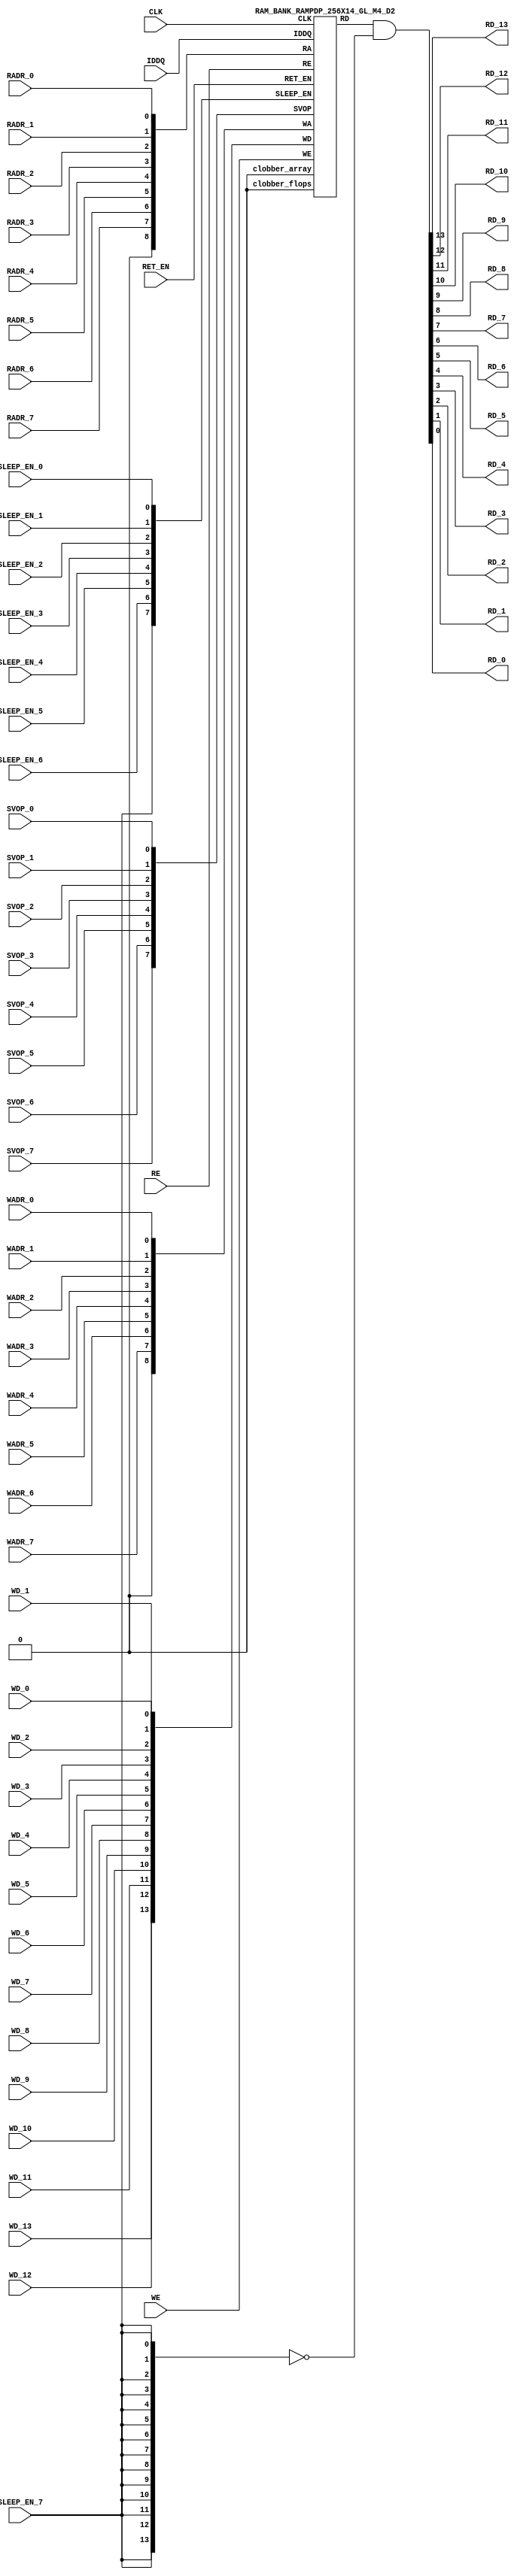
//Technology : TSMC 16FF-LR
//Compiler version: FINAL.1 - 2017-05-25.18:47:15
`ifdef EMULATION
 `define SYNTHESIS
`endif
`ifndef SYNTHESIS
 `ifdef FAULT_INJECTION
  `define SIM_and_FAULT
 `endif
`endif
`ifndef SYNTHESIS
 `ifdef MONITOR
  `define SIM_and_MONITOR
 `endif
`endif
`ifndef SYNTHESIS
`timescale 10ps/1ps
`endif
`celldefine
module RAMPDP_256X14_GL_M4_D2 ( WE, CLK, IDDQ, SVOP_0, SVOP_1, SVOP_2, SVOP_3, SVOP_4, SVOP_5, SVOP_6, SVOP_7
,WD_13, WD_12, WD_11, WD_10, WD_9, WD_8, WD_7, WD_6, WD_5, WD_4, WD_3, WD_2, WD_1, WD_0,RD_13, RD_12, RD_11, RD_10, RD_9, RD_8, RD_7, RD_6, RD_5, RD_4, RD_3, RD_2, RD_1, RD_0, RE
, RADR_7, RADR_6, RADR_5, RADR_4, RADR_3, RADR_2, RADR_1, RADR_0, WADR_7, WADR_6, WADR_5, WADR_4, WADR_3, WADR_2, WADR_1, WADR_0, SLEEP_EN_7, SLEEP_EN_6, SLEEP_EN_5, SLEEP_EN_4, SLEEP_EN_3, SLEEP_EN_2, SLEEP_EN_1, SLEEP_EN_0, RET_EN
);
// nvProps NoBus SLEEP_EN_
`ifndef RAM_INTERFACE
`ifndef SYNTHESIS
// Physical ram size defined as localparam
parameter phy_rows = 64;
parameter phy_cols = 56;
parameter phy_rcols_pos = 56'b00000000000000000000000000000000000000000000000000000000;
`endif //SYNTHESIS
`endif //RAM_INTERFACE
// Test mode control ports
input IDDQ;
// Clock port
input CLK;
// SVOP ports
input SVOP_0, SVOP_1, SVOP_2, SVOP_3, SVOP_4, SVOP_5, SVOP_6, SVOP_7;
// Write data ports
input WD_13, WD_12, WD_11, WD_10, WD_9, WD_8, WD_7, WD_6, WD_5, WD_4, WD_3, WD_2, WD_1, WD_0;
// Read data ports
output RD_13, RD_12, RD_11, RD_10, RD_9, RD_8, RD_7, RD_6, RD_5, RD_4, RD_3, RD_2, RD_1, RD_0;
// Read enable ports
input RE;
// Write enable ports
input WE;
// Read address ports
input RADR_7, RADR_6, RADR_5, RADR_4, RADR_3, RADR_2, RADR_1, RADR_0;
// Write address ports
input WADR_7, WADR_6, WADR_5, WADR_4, WADR_3, WADR_2, WADR_1, WADR_0;
// PG Zone enables
input SLEEP_EN_0, SLEEP_EN_1, SLEEP_EN_2, SLEEP_EN_3, SLEEP_EN_4, SLEEP_EN_5, SLEEP_EN_6, SLEEP_EN_7, RET_EN;
`ifndef RAM_INTERFACE
wire VDD = 1'b1;
wire GND = 1'b0;
// Combine the sleep enable pins into one bus
 wire [7:0] SLEEP_EN = {SLEEP_EN_7, SLEEP_EN_6, SLEEP_EN_5, SLEEP_EN_4, SLEEP_EN_3, SLEEP_EN_2, SLEEP_EN_1, SLEEP_EN_0};
// Signal to clamp the outputs when the VDD is power gated off.
 wire clamp_rd = SLEEP_EN[7] ;
// State point clobering signals
// X-out state points when their power goes out
    wire clobber_x;
`ifndef SYNTHESIS
`ifdef DISABLE_REPAIR_X
    wire check_x = (RET_EN ^ (^SLEEP_EN[7:0]) ^ SVOP_0 ^ SVOP_1 ^ SVOP_2 ^ SVOP_3 ^ SVOP_4 ^ SVOP_5 ^ SVOP_6 ^ SVOP_7);
`else
    wire check_x = (RET_EN ^ (^SLEEP_EN[7:0]) ^ SVOP_0 ^ SVOP_1 ^ SVOP_2 ^ SVOP_3 ^ SVOP_4 ^ SVOP_5 ^ SVOP_6 ^ SVOP_7 );
`endif
    assign clobber_x = ((check_x === 1'bx) || (check_x === 1'bz))?1'b1:1'b0;
    wire clobber_array = (~RET_EN & (|SLEEP_EN[3:0])) | clobber_x;
    wire clobber_flops = (|SLEEP_EN[7:4]) | clobber_x ;
`else //SYNTHESIS
    wire clobber_array = 1'b0;
    wire clobber_flops = 1'b0;
    assign clobber_x = 1'b0;
`endif //SYNTHESIS 
// Output valid signal
// Outputs are unknown in non-retention mode if VDDM is powered up , but VDD is not
    wire outvalid;
 assign outvalid = ~(clobber_x | (~RET_EN & (|SLEEP_EN[3:0]) & (|(~SLEEP_EN[7:4]))));
//assemble & rename wires
// Extend the MSB's of the read/write addresses to cover all the flop inputs
// The number of address flops is fixed. Also combine all the individual *_* bits into one bus
 wire [8:0] RA = {1'b0, RADR_7, RADR_6, RADR_5, RADR_4, RADR_3, RADR_2, RADR_1, RADR_0};
 wire [8:0] WA = {1'b0, WADR_7, WADR_6, WADR_5, WADR_4, WADR_3, WADR_2, WADR_1, WADR_0};
// Combine all the write data input bits
 wire [13:0] WD = {WD_13, WD_12, WD_11, WD_10, WD_9, WD_8, WD_7, WD_6, WD_5, WD_4, WD_3, WD_2, WD_1, WD_0};
 wire [13:0] RD;
// Expand the read data bus into individual output bits
// assign {RD_13, RD_12, RD_11, RD_10, RD_9, RD_8, RD_7, RD_6, RD_5, RD_4, RD_3, RD_2, RD_1, RD_0} = (outvalid) ? RD : 14'bx;
// Do the read data swizzing based on the number of words and bits.
`ifndef SYNTHESIS
 assign {RD_13, RD_12, RD_11, RD_10, RD_9, RD_8, RD_7, RD_6, RD_5, RD_4, RD_3, RD_2, RD_1, RD_0} = (outvalid) ? RD & ~{14{clamp_rd}} : 14'bx;
`else
 assign {RD_13, RD_12, RD_11, RD_10, RD_9, RD_8, RD_7, RD_6, RD_5, RD_4, RD_3, RD_2, RD_1, RD_0} = RD & ~{14{clamp_rd}};
`endif
 wire [7:0] SVOP = {SVOP_7, SVOP_6, SVOP_5, SVOP_4, SVOP_3, SVOP_2, SVOP_1, SVOP_0};
`ifndef EMULATION
// Instantiate memory bank
// This block defines the core functionality of the rams.
 RAM_BANK_RAMPDP_256X14_GL_M4_D2 ITOP ( WE, CLK, IDDQ, SVOP, WD, RD, RE, RA, WA
, SLEEP_EN
, RET_EN, clobber_array , clobber_flops
);
`ifndef SYNTHESIS
// Tasks for initializing the arrays
//VCS coverage off
always @(clobber_array) begin : clobber_array_block
    integer i;
    if (clobber_array) begin
     for (i=0; i<256; i=i+1) begin
       mem_wr_raw(i, {14{1'bx}});
  end
    end
end
always @(clobber_flops) begin
  if (clobber_flops) begin
      ITOP.RE_LATB <= 1'bx;
      ITOP.RE_FF <= 1'bx;
      ITOP.WE_LATB <= 1'bx;
      ITOP.WE_FF <= 1'bx;
      ITOP.RADR <= 9'bx;
      ITOP.WADR <= 9'bx;
      ITOP.WAFF <= 9'bx;
      ITOP.WDQ_pr <= 14'bx;
      ITOP.dout <= 14'bx;
  end
end
//VCS coverage on
//VCS coverage off
task mem_wr_raw;
  input [7:0] addr;
  input [13:0] data;
  begin
    if (addr[1:0] == 2'b00)
        ITOP.iow0.mem_wr_raw_subbank(addr[7:2], data);
    else if (addr[1:0] == 2'b01)
        ITOP.iow1.mem_wr_raw_subbank(addr[7:2], data);
    else if (addr[1:0] == 2'b10)
        ITOP.iow2.mem_wr_raw_subbank(addr[7:2], data);
    else if (addr[1:0] == 2'b11)
        ITOP.iow3.mem_wr_raw_subbank(addr[7:2], data);
  end
endtask
// Ramgen function for writing the arrays
task mem_write;
  input [7:0] addr;
  input [13:0] data;
  begin
    ITOP.mem_write_bank(addr,data);
  end
endtask
// Ramgen function for reading the arrays
function [13:0] mem_read;
input [7:0] addr;
  begin
        mem_read = ITOP.mem_read_bank(addr);
  end
endfunction
// Random only generates 32 bit value.
// If nbits > 32, call it multiple times
// Old random fill fills all memory locations with same random value
task mem_fill_random;
 reg [13:0] val;
 integer i;
 begin
  for (i=0; i<256; i=i+1) begin
      val = {$random};
      mem_wr_raw(i, val);
  end
 end
endtask
// Fill the memory with a given bit value
task mem_fill_value;
    input fill_bit;
 reg [13:0] val;
    integer i;
    begin
        val = {14{fill_bit}};
        for (i=0; i<256; i=i+1) begin
      mem_wr_raw(i, val);
        end
    end
endtask
// read logical address and feed into salat
task force_rd;
input [7:0] addr;
 reg [13:0] rd;
 `ifdef USE_RAMINIT_LIBS
 reg raminit_active, raminit_argcheck, raminit_debug, raminit_enable, raminit_random, raminit_invert,
     raminit_val, raminit_waitclock, raminit_use_force;
 real raminit_delay_ns, raminit_waitclock_check_ns;
 initial
 begin
   raminit_active = 0; // default is inactive (plusarg to active the ram init functionality)
   raminit_argcheck = 0; // default is no plusargs check (apart from raminit_active and raminit_argcheck)
   raminit_debug = 0; // default is no debug messages
   raminit_enable = 0; // default is no init (variable indicating if the ram init functionality is enabled for this instance)
   raminit_random = 0; // default is no random init
   raminit_invert = 0; // default is not to invert the init value
   raminit_val = 0; // default init value is zero
   raminit_waitclock = 0; // default is not to wait to clock to be non-X
   raminit_use_force = 1; // default is to use force/release
   raminit_delay_ns = `ifdef NV_TOP_RESET_ON_DELAY (`NV_TOP_RESET_ON_DELAY+2) `else 3 `endif; // default is 2ns after nv_top_reset_ goes low or ram clock is not X
   raminit_waitclock_check_ns = `ifdef NV_TOP_RESET_OFF_DELAY (`NV_TOP_RESET_OFF_DELAY) `else 0 `endif; // default is when nv_top_reset_ goes high
   $value$plusargs("raminit_active=%d", raminit_active);
   $value$plusargs("raminit_argcheck=%d", raminit_argcheck);
   if (raminit_argcheck)
   begin
// The following variables are not usually used as plusargs, but instead set through add_inst_array calls or the init_inst_file.
     $value$plusargs("raminit_debug=%d", raminit_debug);
     $value$plusargs("raminit_enable=%d", raminit_enable);
     $value$plusargs("raminit_random=%d", raminit_random);
     $value$plusargs("raminit_invert=%d", raminit_invert);
     $value$plusargs("raminit_val=%d", raminit_val);
     $value$plusargs("raminit_waitclock=%d", raminit_waitclock);
     $value$plusargs("raminit_delay_ns=%f", raminit_delay_ns);
     $value$plusargs("raminit_waitclock_check_ns=%f", raminit_waitclock_check_ns);
     $value$plusargs("raminit_use_force=%d", raminit_use_force);
   end
   `ifdef INST_CHECK
   `INST_CHECK(ram_inst_check0,raminit_active,raminit_debug,raminit_enable,raminit_random,raminit_val,raminit_invert,raminit_waitclock,raminit_delay_ns,raminit_waitclock_check_ns);
   `endif
   if (!raminit_active) raminit_enable = 0;
   else if (raminit_enable)
   begin
     if (raminit_random) raminit_val = `ifdef NO_PLI 1'b0 `else $RollPLI(0,1) `endif;
     if (raminit_invert) raminit_val = ~raminit_val;
   end
   if (raminit_debug)
   begin
     $display("%m: raminit_active              = %d", raminit_active);
     $display("%m: raminit_argcheck            = %d", raminit_argcheck);
     $display("%m: raminit_debug               = %d", raminit_debug);
     $display("%m: raminit_enable              = %d", raminit_enable);
     $display("%m: raminit_random              = %d", raminit_random);
     $display("%m: raminit_invert              = %d", raminit_invert);
     $display("%m: raminit_val                 = %d", raminit_val);
     $display("%m: raminit_waitclock           = %d", raminit_waitclock);
     $display("%m: raminit_delay_ns            = %f ns", raminit_delay_ns);
     $display("%m: raminit_waitclock_check_ns  = %f ns", raminit_waitclock_check_ns);
     $display("%m: raminit_use_force           = %d", raminit_use_force);
   end
 end
 `endif
 `ifdef USE_RAMINIT_LIBS
// init rd
 task init_rd_regs;
 begin
   #0; // wait for raminit variables to be set
   if (raminit_enable)
   begin : raminit_val_blk
     reg [14-1:0] raminit_fullval;
     if (raminit_random) raminit_fullval = `ifdef NO_PLI {14 {1'b1}} `else { $RollPLI(0,{14{1'b1}}) } `endif ;
     else raminit_fullval = {14 {raminit_val}};
     if (raminit_invert) raminit_fullval = ~raminit_fullval;
     if (raminit_use_force) force rd = raminit_fullval;
     if (raminit_waitclock) wait ( !== 1'bx);
     #(raminit_delay_ns*100);
     `ifdef INST_WAITCLOCK_CHECK
     `INST_WAITCLOCK_CHECK(waitclock_inst_check0,raminit_waitclock,raminit_waitclock_check_ns,100)
     `endif
     if (raminit_use_force) release rd;
     rd = raminit_fullval;
   end
 end
 endtask
 initial begin init_rd_regs(); end
 `ifdef RAMINIT_TRIGGER
 always @(`RAMINIT_TRIGGER) init_rd_regs();
 `endif
 `endif // `ifdef USE_RAMINIT_LIBS
 begin
        if (addr[1:0] == 2'b00)
            rd = ITOP.iow0.mem_read_raw_subbank(addr[7:2]);
        else if (addr[1:0] == 2'b01)
            rd = ITOP.iow1.mem_read_raw_subbank(addr[7:2]);
        else if (addr[1:0] == 2'b10)
            rd = ITOP.iow2.mem_read_raw_subbank(addr[7:2]);
        else if (addr[1:0] == 2'b11)
            rd = ITOP.iow3.mem_read_raw_subbank(addr[7:2]);
  ITOP.dout = rd;
 end
endtask
`ifdef MEM_PHYS_INFO
//function for physical array read row, takes physical address
function [55:0] mem_phys_read_padr;
input [5:0] addr;
 reg [55:0] rd_row;
 `ifdef USE_RAMINIT_LIBS
// init rd_row
 task init_rd_row_regs;
 begin
   #0; // wait for raminit variables to be set
   if (raminit_enable)
   begin : raminit_val_blk
     reg [56-1:0] raminit_fullval;
     if (raminit_random) raminit_fullval = `ifdef NO_PLI {56 {1'b1}} `else { $RollPLI(0,{32{1'b1}}), $RollPLI(0,{24{1'b1}}) } `endif ;
     else raminit_fullval = {56 {raminit_val}};
     if (raminit_invert) raminit_fullval = ~raminit_fullval;
     if (raminit_use_force) force rd_row = raminit_fullval;
     if (raminit_waitclock) wait ( !== 1'bx);
     #(raminit_delay_ns*100);
     `ifdef INST_WAITCLOCK_CHECK
     `INST_WAITCLOCK_CHECK(waitclock_inst_check1,raminit_waitclock,raminit_waitclock_check_ns,100)
     `endif
     if (raminit_use_force) release rd_row;
     rd_row = raminit_fullval;
   end
 end
 endtask
 initial begin init_rd_row_regs(); end
 `ifdef RAMINIT_TRIGGER
 always @(`RAMINIT_TRIGGER) init_rd_row_regs();
 `endif
 `endif // `ifdef USE_RAMINIT_LIBS
 reg [13:0] rd[3:0];
 integer i;
 begin
        rd[0] = ITOP.iow0.mem_read_raw_subbank(addr);
        rd[1] = ITOP.iow1.mem_read_raw_subbank(addr);
        rd[2] = ITOP.iow2.mem_read_raw_subbank(addr);
        rd[3] = ITOP.iow3.mem_read_raw_subbank(addr);
        for (i=0; i<=13; i=i+1) begin
            rd_row[i*4+0] = rd[0][i];
            rd_row[i*4+1] = rd[1][i];
            rd_row[i*4+2] = rd[2][i];
            rd_row[i*4+3] = rd[3][i];
  end
  mem_phys_read_padr = rd_row;
 end
endfunction
//function for physical array read row, takes logical address
function [55:0] mem_phys_read_ladr;
input [7:0] addr;
    reg [5:0] paddr;
 reg [55:0] rd_row;
 `ifdef USE_RAMINIT_LIBS
// init rd_row
 task init_rd_row_regs;
 begin
   #0; // wait for raminit variables to be set
   if (raminit_enable)
   begin : raminit_val_blk
     reg [56-1:0] raminit_fullval;
     if (raminit_random) raminit_fullval = `ifdef NO_PLI {56 {1'b1}} `else { $RollPLI(0,{32{1'b1}}), $RollPLI(0,{24{1'b1}}) } `endif ;
     else raminit_fullval = {56 {raminit_val}};
     if (raminit_invert) raminit_fullval = ~raminit_fullval;
     if (raminit_use_force) force rd_row = raminit_fullval;
     if (raminit_waitclock) wait ( !== 1'bx);
     #(raminit_delay_ns*100);
     `ifdef INST_WAITCLOCK_CHECK
     `INST_WAITCLOCK_CHECK(waitclock_inst_check2,raminit_waitclock,raminit_waitclock_check_ns,100)
     `endif
     if (raminit_use_force) release rd_row;
     rd_row = raminit_fullval;
   end
 end
 endtask
 initial begin init_rd_row_regs(); end
 `ifdef RAMINIT_TRIGGER
 always @(`RAMINIT_TRIGGER) init_rd_row_regs();
 `endif
 `endif // `ifdef USE_RAMINIT_LIBS
 reg [13:0] rd[3:0];
 integer i;
 begin
        paddr = (addr >> 2);
        rd[0] = ITOP.iow0.mem_read_raw_subbank(paddr);
        rd[1] = ITOP.iow1.mem_read_raw_subbank(paddr);
        rd[2] = ITOP.iow2.mem_read_raw_subbank(paddr);
        rd[3] = ITOP.iow3.mem_read_raw_subbank(paddr);
        for (i=0; i<=13; i=i+1) begin
            rd_row[i*4+0] = rd[0][i];
            rd_row[i*4+1] = rd[1][i];
            rd_row[i*4+2] = rd[2][i];
            rd_row[i*4+3] = rd[3][i];
  end
  mem_phys_read_ladr = rd_row;
 end
endfunction
//function for physical array read row with column masking, takes logical address
function [55:0] mem_phys_read_pmasked;
input [7:0] addr;
   reg [55:0] rd_row;
   `ifdef USE_RAMINIT_LIBS
// init rd_row
   task init_rd_row_regs;
   begin
     #0; // wait for raminit variables to be set
     if (raminit_enable)
     begin : raminit_val_blk
       reg [56-1:0] raminit_fullval;
       if (raminit_random) raminit_fullval = `ifdef NO_PLI {56 {1'b1}} `else { $RollPLI(0,{32{1'b1}}), $RollPLI(0,{24{1'b1}}) } `endif ;
       else raminit_fullval = {56 {raminit_val}};
       if (raminit_invert) raminit_fullval = ~raminit_fullval;
       if (raminit_use_force) force rd_row = raminit_fullval;
       if (raminit_waitclock) wait ( !== 1'bx);
       #(raminit_delay_ns*100);
       `ifdef INST_WAITCLOCK_CHECK
       `INST_WAITCLOCK_CHECK(waitclock_inst_check3,raminit_waitclock,raminit_waitclock_check_ns,100)
       `endif
       if (raminit_use_force) release rd_row;
       rd_row = raminit_fullval;
     end
   end
   endtask
   initial begin init_rd_row_regs(); end
   `ifdef RAMINIT_TRIGGER
   always @(`RAMINIT_TRIGGER) init_rd_row_regs();
   `endif
   `endif // `ifdef USE_RAMINIT_LIBS
   reg [13:0] rd[3 : 0];
   integer i;
   begin
        rd[0] = (addr[1:0] === 0) ? ITOP.iow0.mem_read_raw_subbank(addr[7:2]) : 14'bx;
        rd[1] = (addr[1:0] === 1) ? ITOP.iow1.mem_read_raw_subbank(addr[7:2]) : 14'bx;
        rd[2] = (addr[1:0] === 2) ? ITOP.iow2.mem_read_raw_subbank(addr[7:2]) : 14'bx;
        rd[3] = (addr[1:0] === 3) ? ITOP.iow3.mem_read_raw_subbank(addr[7:2]) : 14'bx;
        for (i=0; i<=13; i=i+1) begin
            rd_row[i*4+0] = rd[0][i];
            rd_row[i*4+1] = rd[1][i];
            rd_row[i*4+2] = rd[2][i];
            rd_row[i*4+3] = rd[3][i];
        end
        mem_phys_read_pmasked = rd_row;
    end
endfunction
//Task for physical array write row, takes physical address
task mem_phys_write;
input [5:0] addr;
input [55:0] data;
 reg [13:0] wr[3:0];
 integer i;
 begin
        for (i=0; i<=13; i=i+1) begin
            wr[0][i] = data[i*4+0];
            wr[1][i] = data[i*4+1];
            wr[2][i] = data[i*4+2];
            wr[3][i] = data[i*4+3];
  end
        ITOP.iow0.mem_wr_raw_subbank(addr,wr[0]);
        ITOP.iow1.mem_wr_raw_subbank(addr,wr[1]);
        ITOP.iow2.mem_wr_raw_subbank(addr,wr[2]);
        ITOP.iow3.mem_wr_raw_subbank(addr,wr[3]);
 end
endtask
// Function to return a physical address given a logical address input.
function [5:0] mem_log_to_phys_adr;
input [7:0] addr;
    begin
        mem_log_to_phys_adr = (addr >> 2) ;
    end
endfunction
`endif //MEM_PHYS_INFO
`ifdef MONITOR
// Monitor dump trigger
reg dump_monitor_result;
initial begin : init_monitor
  dump_monitor_result = 1'b0;
end
task monitor_on;
    begin
  ITOP.iow0.monitor_on = 1'b1;
  ITOP.iow1.monitor_on = 1'b1;
  ITOP.iow2.monitor_on = 1'b1;
  ITOP.iow3.monitor_on = 1'b1;
   end
endtask
task monitor_off;
    begin
  ITOP.iow0.monitor_on = 1'b0;
  ITOP.iow1.monitor_on = 1'b0;
  ITOP.iow2.monitor_on = 1'b0;
  ITOP.iow3.monitor_on = 1'b0;
        dump_monitor_result = 1'b1;
    end
endtask
// read bit_written monitor row by physical address from subarray
function [55:0] mon_bit_w;
input [5:0] addr;
 reg [55:0] mon_row;
 reg [13:0] mon_word[3:0];
 integer i;
 begin
// read all monitor words for a row
  mon_word[0] = ITOP.iow0.bit_written[addr];
  mon_word[1] = ITOP.iow1.bit_written[addr];
  mon_word[2] = ITOP.iow2.bit_written[addr];
  mon_word[3] = ITOP.iow3.bit_written[addr];
// combine all 4 words to a row
  for (i=0; i<=13; i=i+1) begin
   mon_row[i*4+0] = mon_word[0][i];
   mon_row[i*4+1] = mon_word[1][i];
   mon_row[i*4+2] = mon_word[2][i];
   mon_row[i*4+3] = mon_word[3][i];
  end
  mon_bit_w = mon_row;
 end
endfunction
// read bit_read monitor word by address from subarray
function [55:0] mon_bit_r;
input [5:0] addr;
 reg [55:0] mon_row;
 reg [13:0] mon_word[3:0];
 integer i;
 begin
// read all monitor words for a row
  mon_word[0] = ITOP.iow0.bit_read[addr];
  mon_word[1] = ITOP.iow1.bit_read[addr];
  mon_word[2] = ITOP.iow2.bit_read[addr];
  mon_word[3] = ITOP.iow3.bit_read[addr];
// combine all 4 words to a row
  for (i=0; i<=13; i=i+1) begin
   mon_row[i*4+0] = mon_word[0][i];
   mon_row[i*4+1] = mon_word[1][i];
   mon_row[i*4+2] = mon_word[2][i];
   mon_row[i*4+3] = mon_word[3][i];
  end
  mon_bit_r = mon_row;
 end
endfunction
// read word_written monitor row by physical address from subarray
function mon_word_w;
input [5:0] addr;
 reg mon_word[3:0];
 integer i;
 begin
// read all monitor words for a row
  mon_word[0] = ITOP.iow0.word_written[addr];
  mon_word[1] = ITOP.iow1.word_written[addr];
  mon_word[2] = ITOP.iow2.word_written[addr];
  mon_word[3] = ITOP.iow3.word_written[addr];
// combine all 4 words to a row
  mon_word_w = mon_word[0] | mon_word[1]| mon_word[2]| mon_word[3] ;
 end
endfunction
// read word_read monitor row by physical address from subarray
function mon_word_r;
input [5:0] addr;
 reg mon_word[3:0];
 integer i;
 begin
// read all monitor words for a row
  mon_word[0] = ITOP.iow0.word_read[addr];
  mon_word[1] = ITOP.iow1.word_read[addr];
  mon_word[2] = ITOP.iow2.word_read[addr];
  mon_word[3] = ITOP.iow3.word_read[addr];
// combine all 4 words to a row
  mon_word_r = mon_word[0] | mon_word[1]| mon_word[2]| mon_word[3] ;
 end
endfunction
always @(dump_monitor_result) begin : dump_monitor
 integer i;
 integer j;
 reg [55:0] tmp_row;
    reg tmp_bit;
 if (dump_monitor_result == 1'b1) begin
     $display("Exercised coverage summary:");
        $display("\t%m rows unwritten:");
        for(i=0;i<=64;i=i+1) begin
   tmp_bit = mon_word_w(i);
            if (tmp_bit !== 1) $display("\t\trow %d", i);
  end
        $display("\t%m rows unread:");
        for(i=0;i<=64;i=i+1) begin
   tmp_bit = mon_word_r(i);
            if (tmp_bit !== 1) $display("\t\trow %d", i);
  end
  $display("\t%m bits not written as 0:");
  for (i=0; i<64; i=i+1) begin
   tmp_row = mon_bit_w(i);
   for (j=0; j<56; j=j+1) begin
    if (tmp_row[j] !== 1'b0 && tmp_row[j] !== 1'bz) $display("\t\t[row,bit] [%d,%d]", i, j);
   end
  end
  $display("\t%m bits not written as 1:");
  for (i=0; i<64; i=i+1) begin
   tmp_row = mon_bit_w(i);
   for (j=0; j<56; j=j+1) begin
    if (tmp_row[j] !== 1'b1 && tmp_row[j] !== 1'bz) $display("\t\t[row,bit] [%d,%d]", i, j);
   end
  end
  $display("\t%m bits not read as 0:");
  for (i=0; i<64; i=i+1) begin
   tmp_row = mon_bit_r(i);
   for (j=0; j<56; j=j+1) begin
    if (tmp_row[j] !== 1'b0 && tmp_row[j] !== 1'bz) $display("\t\t[row,bit] [%d,%d]", i, j);
   end
  end
  $display("\t%m bits not read as 1:");
  for (i=0; i<64; i=i+1) begin
   tmp_row = mon_bit_r(i);
   for (j=0; j<56; j=j+1) begin
    if (tmp_row[j] !== 1'b1 && tmp_row[j] !== 1'bz) $display("\t\t[row,bit] [%d,%d]", i, j);
   end
  end
  dump_monitor_result = 1'b0;
 end
end
//VCS coverage on
`endif // MONITOR
`ifdef NV_RAM_EXPAND_ARRAY
wire [13:0] Q_0 = ITOP.iow0.arr[0];
wire [13:0] Q_1 = ITOP.iow1.arr[0];
wire [13:0] Q_2 = ITOP.iow2.arr[0];
wire [13:0] Q_3 = ITOP.iow3.arr[0];
wire [13:0] Q_4 = ITOP.iow0.arr[1];
wire [13:0] Q_5 = ITOP.iow1.arr[1];
wire [13:0] Q_6 = ITOP.iow2.arr[1];
wire [13:0] Q_7 = ITOP.iow3.arr[1];
wire [13:0] Q_8 = ITOP.iow0.arr[2];
wire [13:0] Q_9 = ITOP.iow1.arr[2];
wire [13:0] Q_10 = ITOP.iow2.arr[2];
wire [13:0] Q_11 = ITOP.iow3.arr[2];
wire [13:0] Q_12 = ITOP.iow0.arr[3];
wire [13:0] Q_13 = ITOP.iow1.arr[3];
wire [13:0] Q_14 = ITOP.iow2.arr[3];
wire [13:0] Q_15 = ITOP.iow3.arr[3];
wire [13:0] Q_16 = ITOP.iow0.arr[4];
wire [13:0] Q_17 = ITOP.iow1.arr[4];
wire [13:0] Q_18 = ITOP.iow2.arr[4];
wire [13:0] Q_19 = ITOP.iow3.arr[4];
wire [13:0] Q_20 = ITOP.iow0.arr[5];
wire [13:0] Q_21 = ITOP.iow1.arr[5];
wire [13:0] Q_22 = ITOP.iow2.arr[5];
wire [13:0] Q_23 = ITOP.iow3.arr[5];
wire [13:0] Q_24 = ITOP.iow0.arr[6];
wire [13:0] Q_25 = ITOP.iow1.arr[6];
wire [13:0] Q_26 = ITOP.iow2.arr[6];
wire [13:0] Q_27 = ITOP.iow3.arr[6];
wire [13:0] Q_28 = ITOP.iow0.arr[7];
wire [13:0] Q_29 = ITOP.iow1.arr[7];
wire [13:0] Q_30 = ITOP.iow2.arr[7];
wire [13:0] Q_31 = ITOP.iow3.arr[7];
wire [13:0] Q_32 = ITOP.iow0.arr[8];
wire [13:0] Q_33 = ITOP.iow1.arr[8];
wire [13:0] Q_34 = ITOP.iow2.arr[8];
wire [13:0] Q_35 = ITOP.iow3.arr[8];
wire [13:0] Q_36 = ITOP.iow0.arr[9];
wire [13:0] Q_37 = ITOP.iow1.arr[9];
wire [13:0] Q_38 = ITOP.iow2.arr[9];
wire [13:0] Q_39 = ITOP.iow3.arr[9];
wire [13:0] Q_40 = ITOP.iow0.arr[10];
wire [13:0] Q_41 = ITOP.iow1.arr[10];
wire [13:0] Q_42 = ITOP.iow2.arr[10];
wire [13:0] Q_43 = ITOP.iow3.arr[10];
wire [13:0] Q_44 = ITOP.iow0.arr[11];
wire [13:0] Q_45 = ITOP.iow1.arr[11];
wire [13:0] Q_46 = ITOP.iow2.arr[11];
wire [13:0] Q_47 = ITOP.iow3.arr[11];
wire [13:0] Q_48 = ITOP.iow0.arr[12];
wire [13:0] Q_49 = ITOP.iow1.arr[12];
wire [13:0] Q_50 = ITOP.iow2.arr[12];
wire [13:0] Q_51 = ITOP.iow3.arr[12];
wire [13:0] Q_52 = ITOP.iow0.arr[13];
wire [13:0] Q_53 = ITOP.iow1.arr[13];
wire [13:0] Q_54 = ITOP.iow2.arr[13];
wire [13:0] Q_55 = ITOP.iow3.arr[13];
wire [13:0] Q_56 = ITOP.iow0.arr[14];
wire [13:0] Q_57 = ITOP.iow1.arr[14];
wire [13:0] Q_58 = ITOP.iow2.arr[14];
wire [13:0] Q_59 = ITOP.iow3.arr[14];
wire [13:0] Q_60 = ITOP.iow0.arr[15];
wire [13:0] Q_61 = ITOP.iow1.arr[15];
wire [13:0] Q_62 = ITOP.iow2.arr[15];
wire [13:0] Q_63 = ITOP.iow3.arr[15];
wire [13:0] Q_64 = ITOP.iow0.arr[16];
wire [13:0] Q_65 = ITOP.iow1.arr[16];
wire [13:0] Q_66 = ITOP.iow2.arr[16];
wire [13:0] Q_67 = ITOP.iow3.arr[16];
wire [13:0] Q_68 = ITOP.iow0.arr[17];
wire [13:0] Q_69 = ITOP.iow1.arr[17];
wire [13:0] Q_70 = ITOP.iow2.arr[17];
wire [13:0] Q_71 = ITOP.iow3.arr[17];
wire [13:0] Q_72 = ITOP.iow0.arr[18];
wire [13:0] Q_73 = ITOP.iow1.arr[18];
wire [13:0] Q_74 = ITOP.iow2.arr[18];
wire [13:0] Q_75 = ITOP.iow3.arr[18];
wire [13:0] Q_76 = ITOP.iow0.arr[19];
wire [13:0] Q_77 = ITOP.iow1.arr[19];
wire [13:0] Q_78 = ITOP.iow2.arr[19];
wire [13:0] Q_79 = ITOP.iow3.arr[19];
wire [13:0] Q_80 = ITOP.iow0.arr[20];
wire [13:0] Q_81 = ITOP.iow1.arr[20];
wire [13:0] Q_82 = ITOP.iow2.arr[20];
wire [13:0] Q_83 = ITOP.iow3.arr[20];
wire [13:0] Q_84 = ITOP.iow0.arr[21];
wire [13:0] Q_85 = ITOP.iow1.arr[21];
wire [13:0] Q_86 = ITOP.iow2.arr[21];
wire [13:0] Q_87 = ITOP.iow3.arr[21];
wire [13:0] Q_88 = ITOP.iow0.arr[22];
wire [13:0] Q_89 = ITOP.iow1.arr[22];
wire [13:0] Q_90 = ITOP.iow2.arr[22];
wire [13:0] Q_91 = ITOP.iow3.arr[22];
wire [13:0] Q_92 = ITOP.iow0.arr[23];
wire [13:0] Q_93 = ITOP.iow1.arr[23];
wire [13:0] Q_94 = ITOP.iow2.arr[23];
wire [13:0] Q_95 = ITOP.iow3.arr[23];
wire [13:0] Q_96 = ITOP.iow0.arr[24];
wire [13:0] Q_97 = ITOP.iow1.arr[24];
wire [13:0] Q_98 = ITOP.iow2.arr[24];
wire [13:0] Q_99 = ITOP.iow3.arr[24];
wire [13:0] Q_100 = ITOP.iow0.arr[25];
wire [13:0] Q_101 = ITOP.iow1.arr[25];
wire [13:0] Q_102 = ITOP.iow2.arr[25];
wire [13:0] Q_103 = ITOP.iow3.arr[25];
wire [13:0] Q_104 = ITOP.iow0.arr[26];
wire [13:0] Q_105 = ITOP.iow1.arr[26];
wire [13:0] Q_106 = ITOP.iow2.arr[26];
wire [13:0] Q_107 = ITOP.iow3.arr[26];
wire [13:0] Q_108 = ITOP.iow0.arr[27];
wire [13:0] Q_109 = ITOP.iow1.arr[27];
wire [13:0] Q_110 = ITOP.iow2.arr[27];
wire [13:0] Q_111 = ITOP.iow3.arr[27];
wire [13:0] Q_112 = ITOP.iow0.arr[28];
wire [13:0] Q_113 = ITOP.iow1.arr[28];
wire [13:0] Q_114 = ITOP.iow2.arr[28];
wire [13:0] Q_115 = ITOP.iow3.arr[28];
wire [13:0] Q_116 = ITOP.iow0.arr[29];
wire [13:0] Q_117 = ITOP.iow1.arr[29];
wire [13:0] Q_118 = ITOP.iow2.arr[29];
wire [13:0] Q_119 = ITOP.iow3.arr[29];
wire [13:0] Q_120 = ITOP.iow0.arr[30];
wire [13:0] Q_121 = ITOP.iow1.arr[30];
wire [13:0] Q_122 = ITOP.iow2.arr[30];
wire [13:0] Q_123 = ITOP.iow3.arr[30];
wire [13:0] Q_124 = ITOP.iow0.arr[31];
wire [13:0] Q_125 = ITOP.iow1.arr[31];
wire [13:0] Q_126 = ITOP.iow2.arr[31];
wire [13:0] Q_127 = ITOP.iow3.arr[31];
wire [13:0] Q_128 = ITOP.iow0.arr[32];
wire [13:0] Q_129 = ITOP.iow1.arr[32];
wire [13:0] Q_130 = ITOP.iow2.arr[32];
wire [13:0] Q_131 = ITOP.iow3.arr[32];
wire [13:0] Q_132 = ITOP.iow0.arr[33];
wire [13:0] Q_133 = ITOP.iow1.arr[33];
wire [13:0] Q_134 = ITOP.iow2.arr[33];
wire [13:0] Q_135 = ITOP.iow3.arr[33];
wire [13:0] Q_136 = ITOP.iow0.arr[34];
wire [13:0] Q_137 = ITOP.iow1.arr[34];
wire [13:0] Q_138 = ITOP.iow2.arr[34];
wire [13:0] Q_139 = ITOP.iow3.arr[34];
wire [13:0] Q_140 = ITOP.iow0.arr[35];
wire [13:0] Q_141 = ITOP.iow1.arr[35];
wire [13:0] Q_142 = ITOP.iow2.arr[35];
wire [13:0] Q_143 = ITOP.iow3.arr[35];
wire [13:0] Q_144 = ITOP.iow0.arr[36];
wire [13:0] Q_145 = ITOP.iow1.arr[36];
wire [13:0] Q_146 = ITOP.iow2.arr[36];
wire [13:0] Q_147 = ITOP.iow3.arr[36];
wire [13:0] Q_148 = ITOP.iow0.arr[37];
wire [13:0] Q_149 = ITOP.iow1.arr[37];
wire [13:0] Q_150 = ITOP.iow2.arr[37];
wire [13:0] Q_151 = ITOP.iow3.arr[37];
wire [13:0] Q_152 = ITOP.iow0.arr[38];
wire [13:0] Q_153 = ITOP.iow1.arr[38];
wire [13:0] Q_154 = ITOP.iow2.arr[38];
wire [13:0] Q_155 = ITOP.iow3.arr[38];
wire [13:0] Q_156 = ITOP.iow0.arr[39];
wire [13:0] Q_157 = ITOP.iow1.arr[39];
wire [13:0] Q_158 = ITOP.iow2.arr[39];
wire [13:0] Q_159 = ITOP.iow3.arr[39];
wire [13:0] Q_160 = ITOP.iow0.arr[40];
wire [13:0] Q_161 = ITOP.iow1.arr[40];
wire [13:0] Q_162 = ITOP.iow2.arr[40];
wire [13:0] Q_163 = ITOP.iow3.arr[40];
wire [13:0] Q_164 = ITOP.iow0.arr[41];
wire [13:0] Q_165 = ITOP.iow1.arr[41];
wire [13:0] Q_166 = ITOP.iow2.arr[41];
wire [13:0] Q_167 = ITOP.iow3.arr[41];
wire [13:0] Q_168 = ITOP.iow0.arr[42];
wire [13:0] Q_169 = ITOP.iow1.arr[42];
wire [13:0] Q_170 = ITOP.iow2.arr[42];
wire [13:0] Q_171 = ITOP.iow3.arr[42];
wire [13:0] Q_172 = ITOP.iow0.arr[43];
wire [13:0] Q_173 = ITOP.iow1.arr[43];
wire [13:0] Q_174 = ITOP.iow2.arr[43];
wire [13:0] Q_175 = ITOP.iow3.arr[43];
wire [13:0] Q_176 = ITOP.iow0.arr[44];
wire [13:0] Q_177 = ITOP.iow1.arr[44];
wire [13:0] Q_178 = ITOP.iow2.arr[44];
wire [13:0] Q_179 = ITOP.iow3.arr[44];
wire [13:0] Q_180 = ITOP.iow0.arr[45];
wire [13:0] Q_181 = ITOP.iow1.arr[45];
wire [13:0] Q_182 = ITOP.iow2.arr[45];
wire [13:0] Q_183 = ITOP.iow3.arr[45];
wire [13:0] Q_184 = ITOP.iow0.arr[46];
wire [13:0] Q_185 = ITOP.iow1.arr[46];
wire [13:0] Q_186 = ITOP.iow2.arr[46];
wire [13:0] Q_187 = ITOP.iow3.arr[46];
wire [13:0] Q_188 = ITOP.iow0.arr[47];
wire [13:0] Q_189 = ITOP.iow1.arr[47];
wire [13:0] Q_190 = ITOP.iow2.arr[47];
wire [13:0] Q_191 = ITOP.iow3.arr[47];
wire [13:0] Q_192 = ITOP.iow0.arr[48];
wire [13:0] Q_193 = ITOP.iow1.arr[48];
wire [13:0] Q_194 = ITOP.iow2.arr[48];
wire [13:0] Q_195 = ITOP.iow3.arr[48];
wire [13:0] Q_196 = ITOP.iow0.arr[49];
wire [13:0] Q_197 = ITOP.iow1.arr[49];
wire [13:0] Q_198 = ITOP.iow2.arr[49];
wire [13:0] Q_199 = ITOP.iow3.arr[49];
wire [13:0] Q_200 = ITOP.iow0.arr[50];
wire [13:0] Q_201 = ITOP.iow1.arr[50];
wire [13:0] Q_202 = ITOP.iow2.arr[50];
wire [13:0] Q_203 = ITOP.iow3.arr[50];
wire [13:0] Q_204 = ITOP.iow0.arr[51];
wire [13:0] Q_205 = ITOP.iow1.arr[51];
wire [13:0] Q_206 = ITOP.iow2.arr[51];
wire [13:0] Q_207 = ITOP.iow3.arr[51];
wire [13:0] Q_208 = ITOP.iow0.arr[52];
wire [13:0] Q_209 = ITOP.iow1.arr[52];
wire [13:0] Q_210 = ITOP.iow2.arr[52];
wire [13:0] Q_211 = ITOP.iow3.arr[52];
wire [13:0] Q_212 = ITOP.iow0.arr[53];
wire [13:0] Q_213 = ITOP.iow1.arr[53];
wire [13:0] Q_214 = ITOP.iow2.arr[53];
wire [13:0] Q_215 = ITOP.iow3.arr[53];
wire [13:0] Q_216 = ITOP.iow0.arr[54];
wire [13:0] Q_217 = ITOP.iow1.arr[54];
wire [13:0] Q_218 = ITOP.iow2.arr[54];
wire [13:0] Q_219 = ITOP.iow3.arr[54];
wire [13:0] Q_220 = ITOP.iow0.arr[55];
wire [13:0] Q_221 = ITOP.iow1.arr[55];
wire [13:0] Q_222 = ITOP.iow2.arr[55];
wire [13:0] Q_223 = ITOP.iow3.arr[55];
wire [13:0] Q_224 = ITOP.iow0.arr[56];
wire [13:0] Q_225 = ITOP.iow1.arr[56];
wire [13:0] Q_226 = ITOP.iow2.arr[56];
wire [13:0] Q_227 = ITOP.iow3.arr[56];
wire [13:0] Q_228 = ITOP.iow0.arr[57];
wire [13:0] Q_229 = ITOP.iow1.arr[57];
wire [13:0] Q_230 = ITOP.iow2.arr[57];
wire [13:0] Q_231 = ITOP.iow3.arr[57];
wire [13:0] Q_232 = ITOP.iow0.arr[58];
wire [13:0] Q_233 = ITOP.iow1.arr[58];
wire [13:0] Q_234 = ITOP.iow2.arr[58];
wire [13:0] Q_235 = ITOP.iow3.arr[58];
wire [13:0] Q_236 = ITOP.iow0.arr[59];
wire [13:0] Q_237 = ITOP.iow1.arr[59];
wire [13:0] Q_238 = ITOP.iow2.arr[59];
wire [13:0] Q_239 = ITOP.iow3.arr[59];
wire [13:0] Q_240 = ITOP.iow0.arr[60];
wire [13:0] Q_241 = ITOP.iow1.arr[60];
wire [13:0] Q_242 = ITOP.iow2.arr[60];
wire [13:0] Q_243 = ITOP.iow3.arr[60];
wire [13:0] Q_244 = ITOP.iow0.arr[61];
wire [13:0] Q_245 = ITOP.iow1.arr[61];
wire [13:0] Q_246 = ITOP.iow2.arr[61];
wire [13:0] Q_247 = ITOP.iow3.arr[61];
wire [13:0] Q_248 = ITOP.iow0.arr[62];
wire [13:0] Q_249 = ITOP.iow1.arr[62];
wire [13:0] Q_250 = ITOP.iow2.arr[62];
wire [13:0] Q_251 = ITOP.iow3.arr[62];
wire [13:0] Q_252 = ITOP.iow0.arr[63];
wire [13:0] Q_253 = ITOP.iow1.arr[63];
wire [13:0] Q_254 = ITOP.iow2.arr[63];
wire [13:0] Q_255 = ITOP.iow3.arr[63];
`endif //NV_RAM_EXPAND_ARRAY
`endif //SYNTHESIS
`ifdef FAULT_INJECTION
// BIST stuck at tasks
// induce faults on columns
//VCS coverage off
task mem_fault_no_write;
input [13:0] fault_mask;
    begin
        ITOP.iow0.mem_fault_no_write_subbank(fault_mask);
        ITOP.iow1.mem_fault_no_write_subbank(fault_mask);
        ITOP.iow2.mem_fault_no_write_subbank(fault_mask);
        ITOP.iow3.mem_fault_no_write_subbank(fault_mask);
    end
endtask
task mem_fault_stuck_0;
input [13:0] fault_mask;
    begin
        ITOP.iow0.mem_fault_stuck_0_subbank(fault_mask);
        ITOP.iow1.mem_fault_stuck_0_subbank(fault_mask);
        ITOP.iow2.mem_fault_stuck_0_subbank(fault_mask);
        ITOP.iow3.mem_fault_stuck_0_subbank(fault_mask);
    end
endtask
task mem_fault_stuck_1;
input [13:0] fault_mask;
    begin
        ITOP.iow0.mem_fault_stuck_1_subbank(fault_mask);
        ITOP.iow1.mem_fault_stuck_1_subbank(fault_mask);
        ITOP.iow2.mem_fault_stuck_1_subbank(fault_mask);
        ITOP.iow3.mem_fault_stuck_1_subbank(fault_mask);
    end
endtask
task set_bit_fault_stuck_0;
input r;
input c;
integer r;
integer c;
  if ( (r % 4) == 0)
    ITOP.iow0.set_bit_fault_stuck_0_subbank((r/4), c);
  else if ( (r % 4) == 1)
    ITOP.iow1.set_bit_fault_stuck_0_subbank((r/4), c);
  else if ( (r % 4) == 2)
    ITOP.iow2.set_bit_fault_stuck_0_subbank((r/4), c);
  else if ( (r % 4) == 3)
    ITOP.iow3.set_bit_fault_stuck_0_subbank((r/4), c);
endtask
task set_bit_fault_stuck_1;
input r;
input c;
integer r;
integer c;
    if ( (r % 4) == 0)
    ITOP.iow0.set_bit_fault_stuck_1_subbank((r/4), c);
  else if ( (r % 4) == 1)
    ITOP.iow1.set_bit_fault_stuck_1_subbank((r/4), c);
  else if ( (r % 4) == 2)
    ITOP.iow2.set_bit_fault_stuck_1_subbank((r/4), c);
  else if ( (r % 4) == 3)
    ITOP.iow3.set_bit_fault_stuck_1_subbank((r/4), c);
endtask
task clear_bit_fault_stuck_0;
input r;
input c;
integer r;
integer c;
  if ( (r % 4) == 0)
    ITOP.iow0.clear_bit_fault_stuck_0_subbank((r/4), c);
  else if ( (r % 4) == 1)
    ITOP.iow1.clear_bit_fault_stuck_0_subbank((r/4), c);
  else if ( (r % 4) == 2)
    ITOP.iow2.clear_bit_fault_stuck_0_subbank((r/4), c);
  else if ( (r % 4) == 3)
    ITOP.iow3.clear_bit_fault_stuck_0_subbank((r/4), c);
endtask
task clear_bit_fault_stuck_1;
input r;
input c;
integer r;
integer c;
  if ( (r % 4) == 0)
    ITOP.iow0.clear_bit_fault_stuck_1_subbank((r/4), c);
  else if ( (r % 4) == 1)
    ITOP.iow1.clear_bit_fault_stuck_1_subbank((r/4), c);
  else if ( (r % 4) == 2)
    ITOP.iow2.clear_bit_fault_stuck_1_subbank((r/4), c);
  else if ( (r % 4) == 3)
    ITOP.iow3.clear_bit_fault_stuck_1_subbank((r/4), c);
endtask
//VCS coverage on
`endif // STUCK
`else // EMULATION=1 
//VCS coverage off
// The emulation model is a simple model which models only basic functionality and contains no test logic or redundancy.
// The model also uses flops wherever possible. Latches are avoided to help close timing on the emulator.
// The unused pins are left floating in the model.
// Register declarations
// enables
    reg RE_FF,WE_FF,RE_LAT,WE_LAT;
// Addresses
    reg [8:0] RAFF,WAFF;
// Data
    reg [13:0] WD_FF;
    reg [13:0] RD_LAT;
// Latch the enables
//spyglass disable_block IntClock,W18
    always @(*) begin
        if (!CLK) begin
            RE_LAT <= RE;
            WE_LAT <= WE;
        end
    end
//spyglass enable_block IntClock,W18
// Flop the enables : RE/WE/RE_O
    always @(posedge CLK) begin
        RE_FF <= RE; //spyglass disable IntClock
        WE_FF <= WE; //spyglass disable IntClock
    end
// Gated clock for the read/write operations
    wire RECLK = CLK & RE_LAT; //spyglass disable GatedClock
    wire WECLK = CLK & WE_LAT; //spyglass disable GatedClock
// Flop the addresses/write data//mask 
    always @(posedge RECLK)
        RAFF <= RA; //spyglass disable IntClock
    always @(posedge WECLK) begin
        WAFF <= WA; //spyglass disable IntClock
        WD_FF <= WD; //spyglass disable IntClock
    end
// Memory
    reg [13:0] mem[255:0];
// write into the memory on negative edge of clock
   wire WRCLK = ~CLK & WE_FF ; //spyglass disable GatedClock
    always @(posedge WRCLK)
        mem[WAFF] <= WD_FF; //spyglass disable SYNTH_5130
// Read
    wire [13:0] dout;
    assign dout = mem[RAFF]; //spyglass disable SYNTH_5130
    reg [13:0] dout_LAT;
    always @(RECLK or dout)
        if (RECLK)
            dout_LAT <= dout; //spyglass disable W18
    assign RD = dout_LAT;
`endif // EMULATION
//VCS coverage on
`endif // end RAM_INTERFACE
endmodule
`endcelldefine
`ifndef RAM_INTERFACE
`ifndef EMULATION
//memory bank block
module RAM_BANK_RAMPDP_256X14_GL_M4_D2 ( WE, CLK, IDDQ, SVOP, WD, RD, RE, RA, WA
, SLEEP_EN
, RET_EN , clobber_array , clobber_flops
);
// Input/output port definitions
input WE, CLK, IDDQ , RE;
input [7:0] SVOP;
input [13:0] WD;
input [8:0] RA, WA;
output [13:0] RD;
input [7:0] SLEEP_EN;
input RET_EN , clobber_array , clobber_flops ;
// When there is no bypass requested, tie the internal bypass select to 0.
    wire RDBYP = 1'b0;
//Definitions of latches and flops in the design
// *_LAT --> Latched value
// *_LATB --> inverted latch value
// *_FF --> Flopped version
 reg RE_LATB, RE_FF, WE_LATB, WE_FF;
 reg [8:0] RADR, WADR, WAFF;
// For non-pipelined rams , capture_dis is disabled
    wire CAPT_DIS = 1'b0;
// Clamp the array access when IDDQ=1
 wire CLAMPB = ~IDDQ;
 wire latffclk = CLK;
// Latch and flop the primary control enables. This is on the unconditional clock.
// spyglass disable_block W18
 always @(*) begin
// Latch part
  if(!latffclk & !clobber_flops) begin
            RE_LATB <= ~RE ;
// Write Enable
   WE_LATB <= ~WE; // spyglass disable IntClock
  end // end if
 end // end always
 always @(*) begin
// Flop part
  if (latffclk & !clobber_flops) begin
// Flop outputs of the latches above
            WE_FF <= ~WE_LATB;
   RE_FF <= ~RE_LATB;
        end // end if
    end // end always
// spyglass enable_block W18
// Conditional clock generation.
// Write enable and clock
// Clocks are generated when the write enable OR SE == 1 , but SHOLD == 0
    wire we_se = ~WE_LATB;
 wire WRDCLK = we_se & latffclk & !clobber_flops; // spyglass disable GatedClock
 wire WADRCLK = WRDCLK;
// Read enable and clock
// There is no SHOLD dependence on the read clocks because these are implemented using loopback flops
// Clocks are generated when the Read enable OR SE == 1
    wire re_se = ~RE_LATB;
 wire RADRCLK = re_se & latffclk ;
// *** The model reads in A , writes in B ***
// Read clock to the memory is off the rising edge of clock
// CLk ==1 , when RE=1 or (SE=1 and SCRE=1) && (ACC_DIS == 1)
// SE=1 and SCRE=1 is needed to force known values into the latches for launch in testmodes.
 wire RECLK = (~RE_LATB) & CLAMPB & !clobber_flops & !RET_EN & CLK;
// Writes are shifted to the low phase of the clock
// Flopped version of the enables are used to prevent glitches in the clock
// SCWI ==1 prevents writes into the memory
    wire WECLK = WE_FF & CLAMPB & !clobber_flops & !RET_EN & ~CLK;
 wire RWSEL = WE_FF & CLAMPB & ~CLK;
// Latch read addresses
// spyglass disable_block W18
 always @(*) begin
  if(!RADRCLK & !clobber_flops) begin
   RADR <= RA;
  end // end if
 end // end always
// Flop write address
 always @(posedge WADRCLK) begin
  WAFF <= WA ;
 end
// spyglass enable_block W18
// Force the MSB's to 0 in the SCRE mode. This makes sure that we will always read in from valid addresses for resetting the output latches.
 wire [8:0] RADRSWI = RADR[8:0];
// Select the read address when CLK=1 and write addresses when CLK=0
 wire [8:0] ADR = {9{RWSEL}} & WAFF | ~{9{RWSEL}} & RADRSWI;
 wire [7:0] fusePDEC2;
 wire [7:0] fusePDEC1;
 wire [7:0] fusePDEC0;
    wire fuseien;
// Non repairable rams
    assign fusePDEC2 = {8{1'b0}};
    assign fusePDEC1 = {8{1'b0}};
    assign fusePDEC0 = {8{1'b0}};
    assign fuseien = 0;
//io part
 wire [13:0] WDQ;
 wire [13:0] WDBQ;
 wire [13:0] WMNexp;
 wire [13:0] WMNQ;
// Expand the fuse predec to 512 bits . It follows the 8x8x8 repeat pattern
// We will use only the ones needed for this particular ram configuration and ignore the rest
 wire [511:0] PDEC2 = {{64{fusePDEC2[7]}}, {64{fusePDEC2[6]}}, {64{fusePDEC2[5]}}, {64{fusePDEC2[4]}}, {64{fusePDEC2[3]}}, {64{fusePDEC2[2]}}, {64{fusePDEC2[1]}}, {64{fusePDEC2[0]}}};
 wire [511:0] PDEC1 = {8{{8{fusePDEC1[7]}}, {8{fusePDEC1[6]}}, {8{fusePDEC1[5]}}, {8{fusePDEC1[4]}}, {8{fusePDEC1[3]}}, {8{fusePDEC1[2]}}, {8{fusePDEC1[1]}}, {8{fusePDEC1[0]}}}};
 wire [511:0] PDEC0 = {64{fusePDEC0[7:0]}};
 wire [13:0] BADBIT, SHFT;
// SHIFT<*> == 1 --> No repair at that bit , 0 --> repair at that bit .
// SHIFT<X> == not(and Pdec*<X>) & SHIFT<X-1>
    assign BADBIT = {14{1'b0}};
    assign SHFT = {14{1'b1}};
    reg [13:0] WDQ_pr;
    wire [13:0] WDBQ_pr;
    assign WMNexp = {14{1'b1}};
    always @(posedge WRDCLK) begin
// Flop write data
  WDQ_pr[13:0] <= WD & WMNexp;
 end
    assign WDBQ_pr = ~WDQ_pr;
    assign WMNQ = (WDQ | WDBQ);
 assign WDQ = WDQ_pr;
 assign WDBQ = WDBQ_pr;
    reg [13:0] dout;
 wire [13:0] RD;
 wire RD_rdnt;
 wire [13:0] sel_normal, sel_redun;
// Read bypass is not used for non custom ram
 wire [13:0] RDBYPASS = {14{1'b0}};
// Read bypass will override redunancy mux .
 assign sel_redun = ~SHFT & ~RDBYPASS;
 assign sel_normal = SHFT & ~RDBYPASS;
// Non pipelined Read out. This is a 2 to 1 mux with bypass taking priority
 assign RD = sel_normal & dout | RDBYPASS & WDQ_pr;
// FOR SIMULATION ONLY. REMOVE WHEN ASSERTIONS ARE AVAILABLE!
// The following section figures out the unused address space and forces a X out on the reads/prevents writes
// #unusedbits 1 #lowcmidx 2 #cmstep 1 #cm 4 #maxaddr 256
    wire legal, tiedvalid, empadd;
// Tied off address bits
// This should always be 1 if the tie-off logic at the top-level is correct.
    assign tiedvalid = ~(|ADR[8:8]);
// Max address is 256 --> ['1', '1', '1', '1', '1', '1', '1', '1']
    assign empadd = 1'b0;
// It is a legal input address if it does not fall in the empty space.
    assign legal = tiedvalid & ~empadd ;
    wire [13:0] force_x;
`ifndef SYNTHESIS
    assign force_x = {14{1'bx}};
`else
    assign force_x = {14{1'b0}};
`endif
// Generate the read and write clocks for the various CM banks
    wire RdClk0, RdClk1, RdClk2, RdClk3;
    wire WrClk0, WrClk1, WrClk2, WrClk3;
    assign RdClk0 = RECLK & ~RADRSWI[0] & ~RADRSWI[1];
    assign RdClk1 = RECLK & RADRSWI[0] & ~RADRSWI[1];
    assign RdClk2 = RECLK & ~RADRSWI[0] & RADRSWI[1];
    assign RdClk3 = RECLK & RADRSWI[0] & RADRSWI[1];
    assign WrClk0 = WECLK & ~WAFF[0] & ~WAFF[1] & legal;
    assign WrClk1 = WECLK & WAFF[0] & ~WAFF[1] & legal;
    assign WrClk2 = WECLK & ~WAFF[0] & WAFF[1] & legal;
    assign WrClk3 = WECLK & WAFF[0] & WAFF[1] & legal;
    wire [13:0] rmuxd0, rmuxd1, rmuxd2, rmuxd3;
    wire [13:0] dout0, dout1, dout2, dout3;
// Mux the way reads onto the final read busa
// Output X's if the address is invalid
// assign rmuxd0 = legal ? {14{RdClk0}} & ~dout0 : force_x;
// assign rmuxd1 = legal ? {14{RdClk1}} & ~dout1 : force_x;
// assign rmuxd2 = legal ? {14{RdClk2}} & ~dout2 : force_x;
// assign rmuxd3 = legal ? {14{RdClk3}} & ~dout3 : force_x;
    assign rmuxd0 = {14{RdClk0}} & ~dout0;
    assign rmuxd1 = {14{RdClk1}} & ~dout1;
    assign rmuxd2 = {14{RdClk2}} & ~dout2;
    assign rmuxd3 = {14{RdClk3}} & ~dout3;
    always @(RECLK or rmuxd0 or rmuxd1 or rmuxd2 or rmuxd3)
    begin
        if (RECLK)
     begin
            dout[13:0] <= (rmuxd0[13:0] | rmuxd1[13:0] | rmuxd2[13:0] | rmuxd3[13:0]); // spyglass disable W18 
        end
    end
// Instantiate the memory banks. One for each CM .
    RAMPDP_256X14_GL_M4_D2_ram # (64, 14, 7) iow0 (
  WAFF[8:2],
  WrClk0,
        WMNQ,
  WDQ,
  RADRSWI[8:2],
  dout0
 );
    RAMPDP_256X14_GL_M4_D2_ram # (64, 14, 7) iow1 (
  WAFF[8:2],
  WrClk1,
        WMNQ,
  WDQ,
  RADRSWI[8:2],
  dout1
 );
    RAMPDP_256X14_GL_M4_D2_ram # (64, 14, 7) iow2 (
  WAFF[8:2],
  WrClk2,
        WMNQ,
  WDQ,
  RADRSWI[8:2],
  dout2
 );
    RAMPDP_256X14_GL_M4_D2_ram # (64, 14, 7) iow3 (
  WAFF[8:2],
  WrClk3,
        WMNQ,
  WDQ,
  RADRSWI[8:2],
  dout3
 );
`ifndef SYNTHESIS
// Tasks for initializing the arrays
// Ramgen function for writing the arrays
//VCS coverage off
task mem_write_bank;
  input [7:0] addr;
  input [13:0] data;
  reg [13:0] wdat;
  begin
    wdat = data;
    if (addr[1:0] == 2'b00)
        iow0.mem_wr_raw_subbank(addr[7:2], wdat);
    else if (addr[1:0] == 2'b01)
        iow1.mem_wr_raw_subbank(addr[7:2], wdat);
    else if (addr[1:0] == 2'b10)
        iow2.mem_wr_raw_subbank(addr[7:2], wdat);
    else if (addr[1:0] == 2'b11)
        iow3.mem_wr_raw_subbank(addr[7:2], wdat);
  end
endtask
// Ramgen function for reading the arrays
function [13:0] mem_read_bank;
input [7:0] addr;
reg [13:0] memout;
  begin
    if (addr[1:0] == 2'b00)
        memout = iow0.mem_read_raw_subbank(addr[7:2]);
    else if (addr[1:0] == 2'b01)
        memout = iow1.mem_read_raw_subbank(addr[7:2]);
    else if (addr[1:0] == 2'b10)
        memout = iow2.mem_read_raw_subbank(addr[7:2]);
    else if (addr[1:0] == 2'b11)
        memout = iow3.mem_read_raw_subbank(addr[7:2]);
    mem_read_bank = memout;
  end
endfunction
//VCS coverage on
`endif //SYNTHESIS
endmodule
`endif // end EMULATION
`endif // end RAM_INTERFACE 
`ifndef RAM_INTERFACE
`ifndef EMULATION
module RAMPDP_256X14_GL_M4_D2_ram (
   wadr,
   wrclk,
   wrmaskn,
   wrdata,
   radr,
   rout_B
);
// default parameters
parameter words = 64;
parameter bits = 14;
parameter addrs = 7;
// Write address
input [addrs-1:0] wadr;
// Write clock
input wrclk;
// Write data
input [bits-1:0] wrdata;
// Write Mask
input [bits-1:0] wrmaskn;
// Read address
input [addrs-1:0] radr;
// Read out
wire [bits-1:0] rdarr;
output [bits-1:0] rout_B;
// Memory . words X bits
reg [bits-1:0] arr[0:words-1];
`ifdef SIM_and_FAULT
// regs for inducing faults
reg [bits-1:0] fault_no_write; // block writes to this column
reg [bits-1:0] fault_stuck_0; // column always reads as 0
reg [bits-1:0] fault_stuck_1; // column always reads as 1
reg [bits-1:0] bit_fault_stuck_0[0:words-1]; // column always reads as 0
reg [bits-1:0] bit_fault_stuck_1[0:words-1]; // column always reads as 1
initial begin : init_bit_fault_stuck
    integer i;
    integer j;
    fault_no_write = {bits{1'b0}};
    fault_stuck_0 = {bits{1'b0}};
    fault_stuck_1 = {bits{1'b0}};
    for ( i =0; i <=words; i=i+1) begin
        bit_fault_stuck_0[i] = {bits{1'b0}};
        bit_fault_stuck_1[i] = {bits{1'b0}};
    end
end
`endif // FAULT
`ifdef SIM_and_MONITOR
//VCS coverage off
// monitor variables
reg monitor_on;
reg [words-1:0] word_written;
reg [words-1:0] word_read;
reg [bits-1:0] bit_written[0:words-1];
reg [bits-1:0] bit_read[0:words-1];
initial begin : init_monitor
  integer i;
  monitor_on = 1'b0;
  for(i=0;i<= words-1;i=i+1) begin
      word_written[i] = 1'b0;
      word_read[i] = 1'b0;
      bit_written[i] = {bits{1'bx}};
      bit_read[i] = {bits{1'bx}};
  end
end
`endif // MONITOR
//VCS coverage on
// Bit write enable
// Write only when mask=1. Else hold the data.
`ifdef SIM_and_FAULT
// Include fault registers
wire [bits-1:0] bwe = wrmaskn & ~fault_no_write;
`else //SIM_and_FAULT
wire [bits-1:0] bwe = wrmaskn ;
`endif //SIM_and_FAULT
wire [bits-1:0] bitclk = {bits{wrclk}} & bwe ;
integer i;
`ifdef SIM_and_FAULT
always @(bitclk or wadr or wrdata)
`else
always @(wrclk or wadr or wrdata)
`endif
begin
`ifdef SIM_and_FAULT
    for (i=0 ; i<bits ; i=i+1)
    begin
        if (bitclk[i])
            arr[wadr][i] <= wrdata[i]; // spyglass disable SYNTH_5130,W18
    end
`else
    if (wrclk)
        arr[wadr] <= wrdata; // spyglass disable SYNTH_5130,W18
`endif
`ifdef SIM_and_MONITOR
//VCS coverage off
    for (i=0 ; i<bits ; i=i+1)
    begin
`ifdef SIM_and_FAULT
        if (bitclk[i])
`else
        if (wrclk)
`endif // FAULT
        begin
// Check which bits are being written. Also track the values as per table below.
// 1'bx = not accessed
// 1'b0 = accessed as a 0
// 1'b1 = accessed as a 1
// 1'bz = accessed as both 0 and 1
            if (monitor_on) begin
    case (bit_written[wadr][i]) // spyglass disable SYNTH_5130,W18
     1'bx: bit_written[wadr][i] = wrdata[i];
     1'b0: bit_written[wadr][i] = wrdata[i] == 1 ? 1'bz : 1'b0;
     1'b1: bit_written[wadr][i] = wrdata[i] == 0 ? 1'bz : 1'b1;
     1'bz: bit_written[wadr][i] = 1'bz;
    endcase
            end
        end // if
    end //for
    if (monitor_on) begin
// Word is considered written if any of the bits are written
`ifdef SIM_and_FAULT
        word_written[wadr] <= |(bitclk) | word_written[wadr]; // spyglass disable SYNTH_5130,W18
`else
        word_written[wadr] <= wrclk | word_written[wadr]; // spyglass disable SYNTH_5130,W18
`endif // FAULT
    end
`endif // MONITOR
//VCS coverage on
end
`ifdef SIM_and_FAULT
// Include fault registers
wire [bits-1:0] bre = ~(bit_fault_stuck_1[radr] | bit_fault_stuck_0[radr]); // spyglass disable SYNTH_5130
`else //SIM_and_FAULT
wire [bits-1:0] bre = {bits{1'b1}};
`endif //SIM_and_FAULT
// Read the unlatched data out.
`ifdef SIM_and_FAULT
assign rdarr = (~arr[radr] | bit_fault_stuck_0[radr]) & ~bit_fault_stuck_1[radr]; // spyglass disable SYNTH_5130
`else
assign rdarr = ~arr[radr]; // spyglass disable SYNTH_5130
`endif
`ifdef SIM_and_MONITOR
//VCS coverage off
always @radr begin
// Check if a bit in the word can be read.
// 1'bx = not accessed
// 1'b0 = accessed as a 0
// 1'b1 = accessed as a 1
// 1'bz = accessed as both 0 and 1
    if (monitor_on) begin
        for (i=0; i<bits; i=i+1) begin
         if (bre[i]) begin
             case (bit_read[radr][i])
        1'bx: bit_read[radr][i] = rdarr[i];
     1'b0: bit_read[radr][i] = rdarr[i] == 1 ? 1'bz : 1'b0;
     1'b1: bit_read[radr][i] = rdarr[i] == 0 ? 1'bz : 1'b1;
     1'bz: bit_read[radr][i] = 1'bz;
          endcase
         end
     end
    end
// Word is marked read only if any of the bits are read.
    word_read[radr] = |(bre);
end
//VCS coverage on
`endif // MONITOR
`ifndef SYNTHESIS
assign #0.1 rout_B = rdarr;
`else
assign rout_B = rdarr;
`endif
`ifndef SYNTHESIS
// Task for initializing the arrays
//VCS coverage off
task mem_wr_raw_subbank;
  input [addrs-1:0] addr;
  input [13:0] data;
  begin
    arr[addr] = data;
  end
endtask
// function for array read
function [13:0] mem_read_raw_subbank;
input [addrs-1:0] addr;
 mem_read_raw_subbank = arr[addr];
endfunction
`ifdef FAULT_INJECTION
// BIST Tasks for inducing faults
// induce faults on columns
task mem_fault_no_write_subbank;
  input [bits-1:0] fault_mask;
   begin
    fault_no_write = fault_mask;
  end
endtask
// Stuck at 0 for entire memory
task mem_fault_stuck_0_subbank;
  input [bits-1:0] fault_mask;
  integer i;
   begin
    for ( i=0; i<words; i=i+1 ) begin
      bit_fault_stuck_0[i] = fault_mask;
    end
  end
endtask
// Stuck at 1 for entire memory
task mem_fault_stuck_1_subbank;
  input [bits-1:0] fault_mask;
  integer i;
   begin
    for ( i=0; i<words; i=i+1 ) begin
      bit_fault_stuck_1[i] = fault_mask;
    end
  end
endtask
// Stuck at 0 for specific bit
task set_bit_fault_stuck_0_subbank;
  input r;
  input c;
  integer r;
  integer c;
  bit_fault_stuck_0[r][c] = 1;
endtask
// Stuck at 1 for specific bit
task set_bit_fault_stuck_1_subbank;
  input r;
  input c;
  integer r;
  integer c;
  bit_fault_stuck_1[r][c] = 1;
endtask
// Clear stuck 0 at bit
task clear_bit_fault_stuck_0_subbank;
  input r;
  input c;
  integer r;
  integer c;
  bit_fault_stuck_0[r][c] = 0;
endtask
// Clear stuck 1 at bit
task clear_bit_fault_stuck_1_subbank;
  input r;
  input c;
  integer r;
  integer c;
  bit_fault_stuck_1[r][c] = 0;
endtask
//VCS coverage on
`endif //STUCK
`endif //SYNTHESIS
endmodule
`endif // end EMULATION
`endif // end RAM_INTERFACE